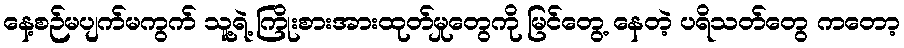
နေ့စဉ်မပျက်မကွက် သူ့ရဲ့ ကြိုးစားအားထုတ်မှုတွေကို မြင်တွေ့ နေတဲ့ ပရိသတ်တွေ ကတော့